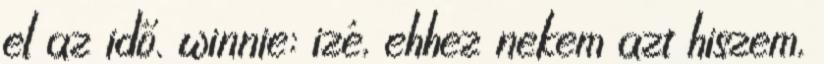
el az idő. winnie: izé, ehhez nekem azt hiszem,